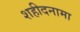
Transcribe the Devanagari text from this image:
शहीदनामा